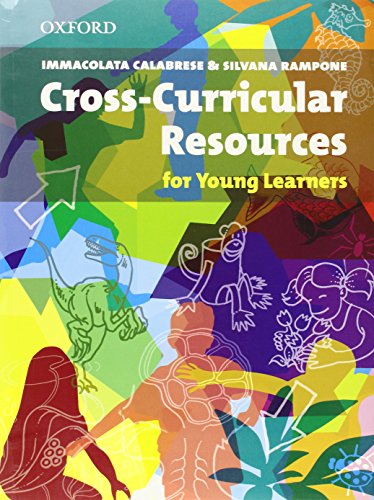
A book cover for Cross Curricular Resource for Young Learners; Svecova; Children's Books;